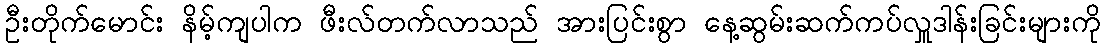
ဦးတိုက်မောင်း နိမ့်ကျပါက ဖီးလ်တက်လာသည် အားပြင်းစွာ နေ့ဆွမ်းဆက်ကပ်လှူဒါန်းခြင်းများကို